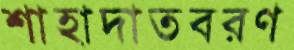
শাহাদাতবরণ